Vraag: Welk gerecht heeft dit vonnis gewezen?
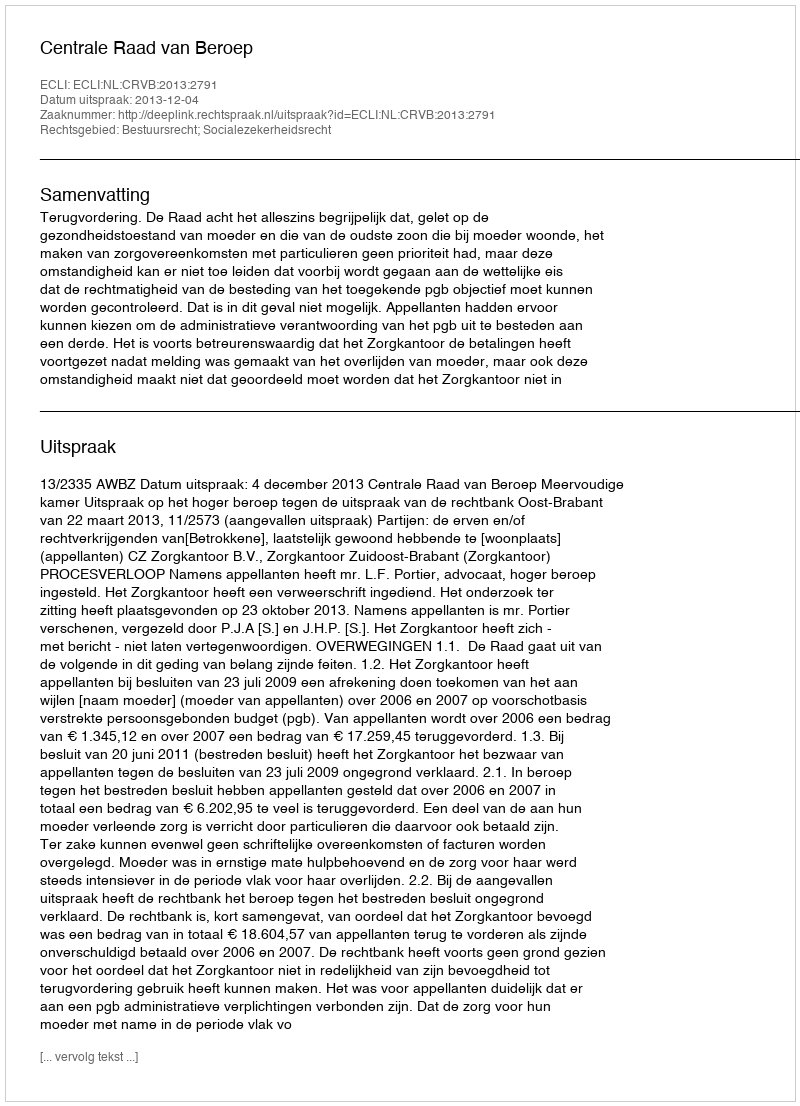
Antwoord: Centrale Raad van Beroep